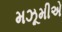
મઝૂમીએ